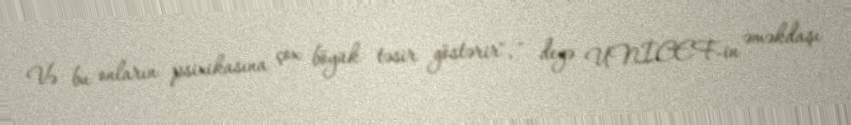
Və bu onların psixikasına çox böyük təsir göstərir", - deyə UNİCEF-in əməkdaşı